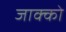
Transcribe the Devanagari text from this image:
जाक्को